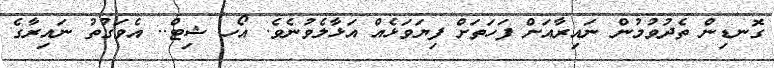
ގޮނޑިން ތެދުވުމުން ނައިރާއަށް ފަހަތަށް ފިޔަވަޅެއް އަޅާލެވުނެވެ. އޯހ ޝިޓް.. އެވަގުތު ނައިރާގެ